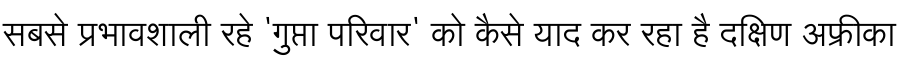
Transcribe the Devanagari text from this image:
सबसे प्रभावशाली रहे 'गुप्ता परिवार' को कैसे याद कर रहा है दक्षिण अफ्रीका